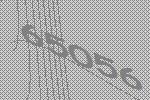
65056